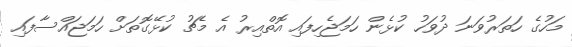
މަހުގެ ހަތަރުވަނަ ދުވަހު ކުޅެން ހަމަޖެހިފައި އޮތްއިރު އެ މެޗު ކުޅޭގޮތަށް ހަމަޖައްސާފައި